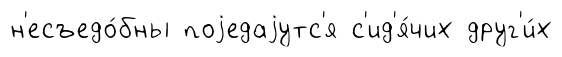
н'есъедо́бны поjедаjутс'я с'ид'я́чих друг'и́х